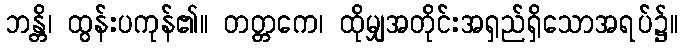
ဘန္တိ၊ ထွန်းပကုန်၏။ တတ္တကေ၊ ထိုမျှအတိုင်းအရှည်ရှိသောအရပ်၌။